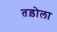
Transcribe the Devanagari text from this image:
तड़ोला